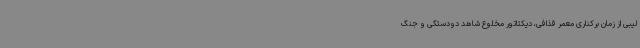
لیبی از زمان برکناری معمر قذافی، دیکتاتور مخلوع شاهد دودستگی و جنگ